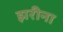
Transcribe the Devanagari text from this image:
झरीना